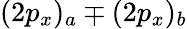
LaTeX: (2p_{x})_{a}\mp(2p_{x})_{b}